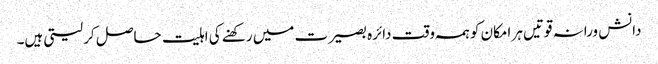
دانش ورانہ قوتیں ہر امکان کو ہمہ وقت دائرہ بصیرت میں رکھنے کی اہلیت حاصل کر لیتی ہیں۔